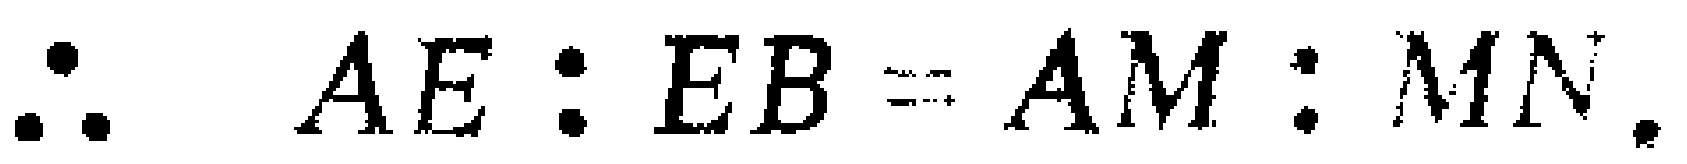
\(\therefore AE:EB = AM:MN.\)